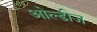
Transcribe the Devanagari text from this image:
ओल्डीज